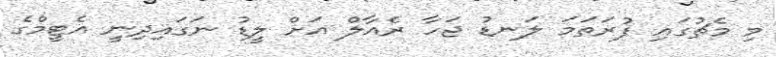
މި މެޗުގައި ފުރަތަމަ ލަނޑު ޖަހާ ރެއާލް އަށް ލީޑު ނަގައިދިނީ އެޓީމްގެ